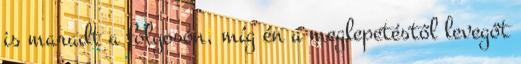
is maradt a folyosón, míg én a meglepetéstől levegőt